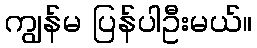
ကျွန်မ ပြန်ပါဦးမယ်။